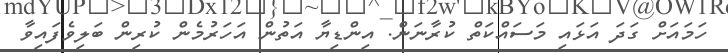
ހަމައަށް ގަދަ އަޅައި މަސައްކަތް ކުރާނަން. އިންޑިޔާ އަތުން އަހަރުމެން ކުރިން ބަލިވެފައިވާ